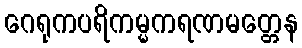
ဂေရုကပရိကမ္မကရဏမတ္တေန